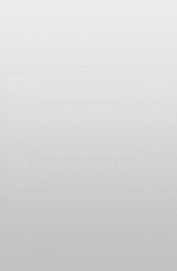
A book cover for Veterinary Parasitology at a Glance; S. Mandal; Medical Books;